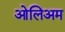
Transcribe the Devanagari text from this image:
ओलिअम